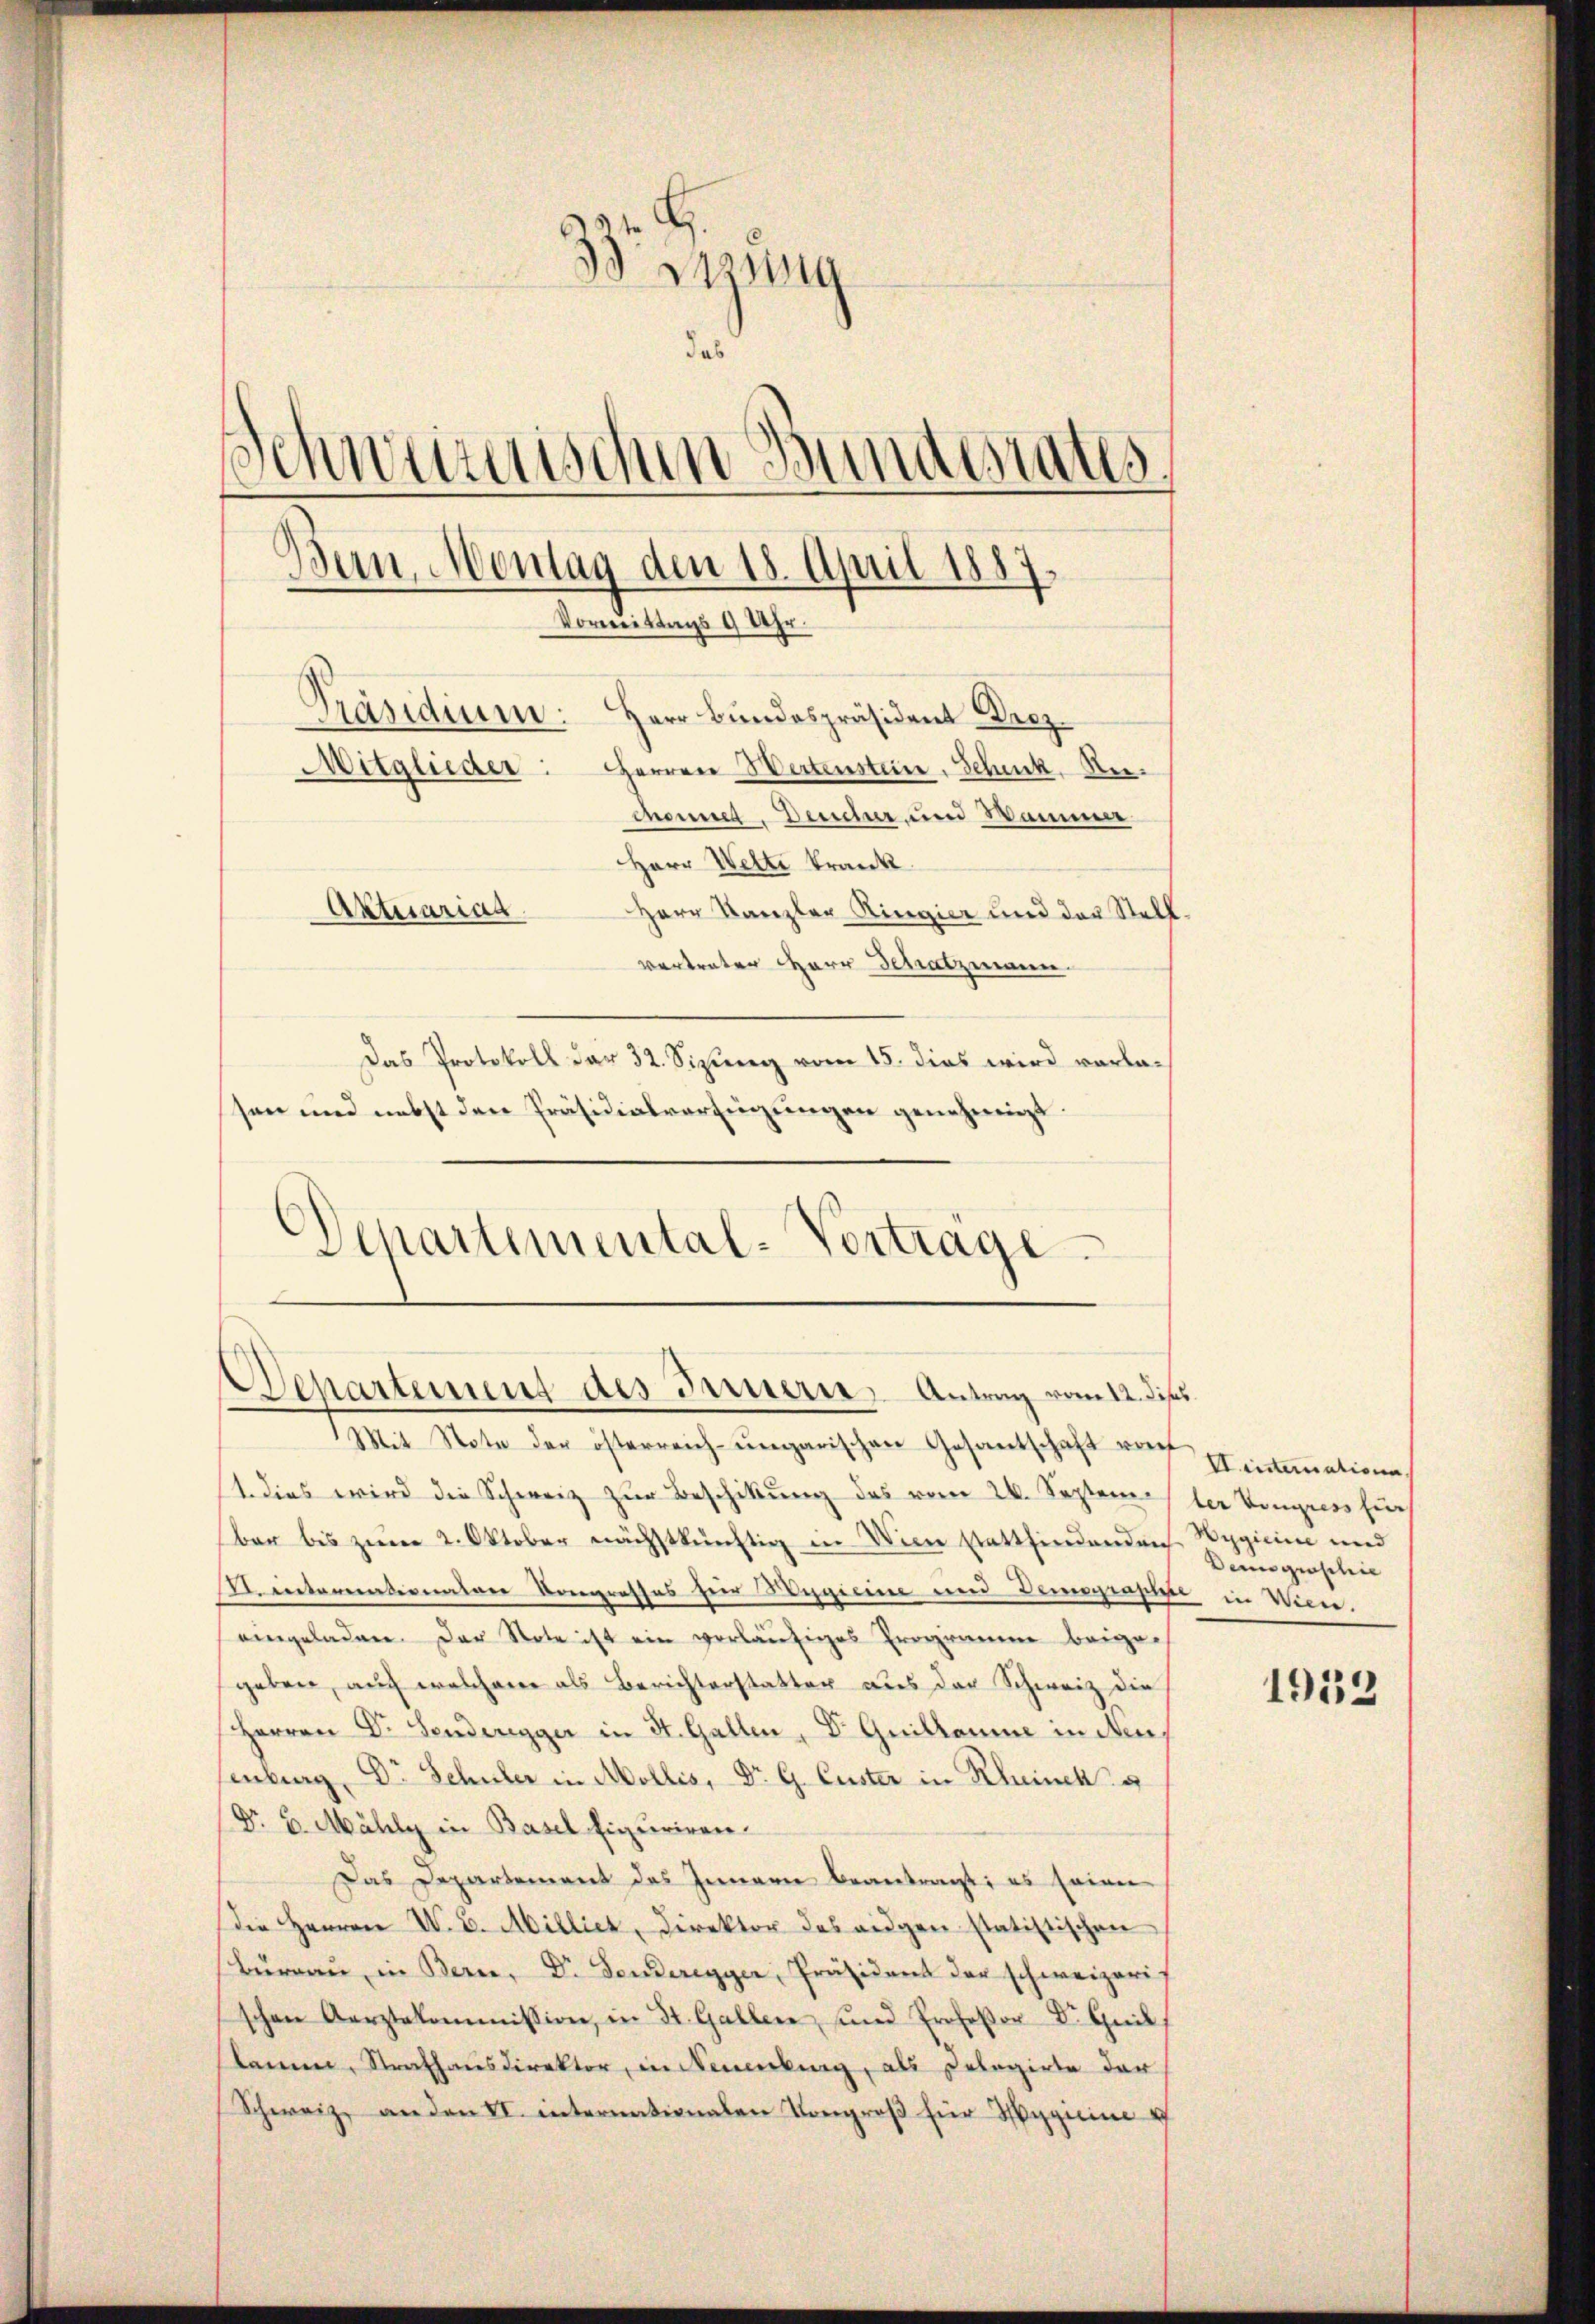
tzung
da
Schweizerischen d
Als
Bern, Montag den 18. April 1887.
Vormittags 9 Uhr.
Präsidium: Herr Bundespräsident Droz.
Mitglieder: Herren Wertenstein, Schick, Rechendet. Deucher, und Sammer
Herr Welti krank.
Aktuariag
Herr Kanzler Ringier und der Stellvertreter Herr Schatzmann.
Das Protokoll dar 32. Sizung vom 15. dies wird vorlasen und nebst den Präsidialverfügungen genehmigt.

Departemental-Vertrage

Departement des Innern, Antrag vom 12. diss

Mit Note der österreich-ungarischen Gesantschaft von intimatione,
1. dies wird die Schweiz zur Beschikung des vom 24. Septem der Vongress hiers
bar bis zum 2. Oktober nächstkünftig in Wien stattfindenden Wygicine und
Dintermationalen Kongrosses hier Wegicine und Deingensen in Wien.
eingeladen. Der Note ist ein vorläufiges Programen beigegeben, auch welcherer als Berichterstatter aus der Schweiz die
Herren Dr. Senderegger in St. Gallen, Dr Guillaume in Neu
senburg, Dr. Schüler in Mollis, Dr G. Custer in Rheinek g
Dr 6. Mähly in Basel figuriren.
Das Departement des Innern beantragt, es seien
Die Herren W. B. Milliet, Direktor des eigen statistischen
Büreaŭ in Bern, Dr Tenderegger, Präsident der schweizeris
schen Aerztekommission, in St. Gallen, und Professor Dr. Quil
kann, Strafhausdirektor, in Neuenburg, als Delegirte der
Schweiz, an den II. internationalen Kongreß für Hygieine u

Deus grasilie

1932